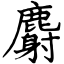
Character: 麝